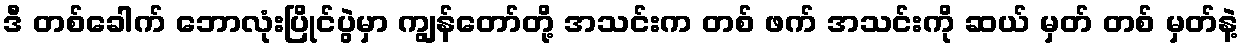
ဒီ တစ်ခေါက် ဘောလုံးပြိုင်ပွဲမှာ ကျွန်တော်တို့ အသင်းက တစ် ဖက် အသင်းကို ဆယ် မှတ် တစ် မှတ်နဲ့